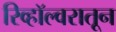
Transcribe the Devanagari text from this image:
रिव्हॉल्वरातून